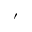
'